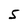
Character: 5